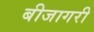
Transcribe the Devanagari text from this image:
बीजागरी